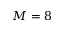
M = 8